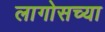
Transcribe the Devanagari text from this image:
लागोसच्या